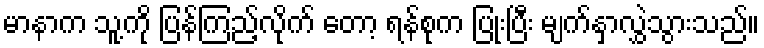
မာနာက သူ့ကို ပြန်ကြည့်လိုက် တော့ ရန်စုက ပြုံးပြီး မျက်နှာလွှဲသွားသည်။